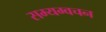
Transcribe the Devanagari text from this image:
सम्यग्वचन